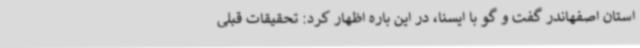
استان اصفهاندر گفت و گو با ایسنا، در این باره اظهار کرد: تحقیقات قبلی